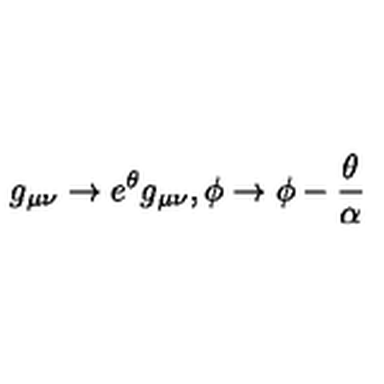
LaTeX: g _ { \mu \nu } \rightarrow e ^ { \theta } g _ { \mu \nu } , \phi \rightarrow \phi - \frac { \theta } { \alpha }